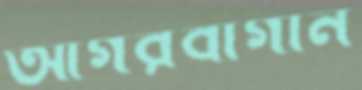
আগরবাগান